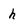
Character: h